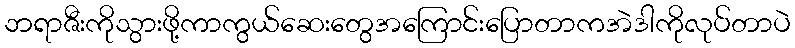
ဘရာဇီးကိုသွားဖို့ကာကွယ်ဆေးတွေအကြောင်းပြောတာကအဲဒါကိုလုပ်တာပဲ